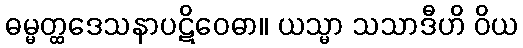
ဓမ္မတ္ထဒေသနာပဋိဝေဓာ။ ယသ္မာ သသာဒီဟိ ဝိယ